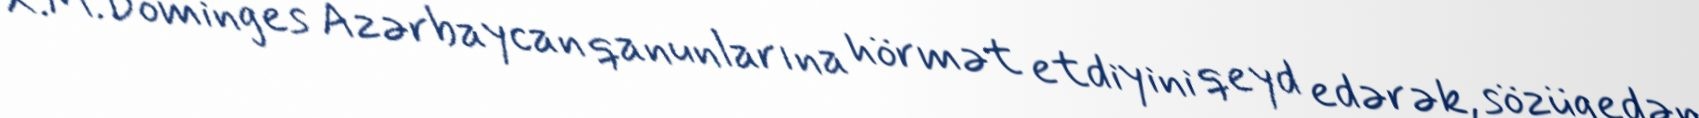
X.M.Dominges Azərbaycan qanunlarına hörmət etdiyini qeyd edərək, sözügedən